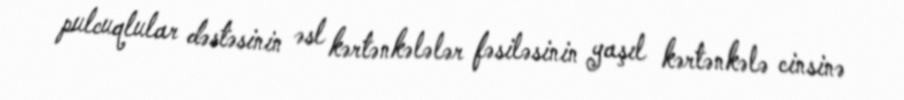
pulcuqlular dəstəsinin əsl kərtənkələlər fəsiləsinin yaşıl kərtənkələ cinsinə